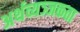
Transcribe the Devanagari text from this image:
अर्थव्यञ्जकता